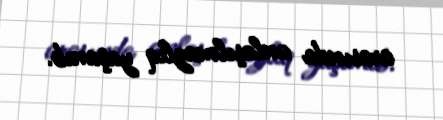
arasında anlaşılmazlıq yaşanıb.